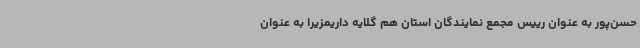
حسن‌پور به عنوان رییس مجمع نمایندگان استان هم گلایه داریمزیرا به عنوان